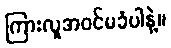
ကြားလူအဝင်မခံပါနဲ့။